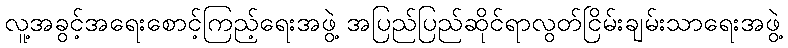
လူ့အခွင့်အရေးစောင့်ကြည့်ရေးအဖွဲ့ အပြည်ပြည်ဆိုင်ရာလွတ်ငြိမ်းချမ်းသာရေးအဖွဲ့